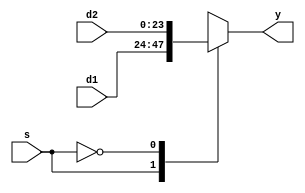
module mux2(
    input  s,
    input [23:0] d1,
    input [23:0] d2,
    output reg [23:0] y
);

    always @ (s or d1 or d2)
        case (s)
            1'd1: y <= d1;
            1'd0: y <= d2;
            default: y <= 24'd0;
        endcase

        endmodule